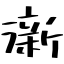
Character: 澵